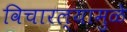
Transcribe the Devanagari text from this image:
विचारल्यामुळे